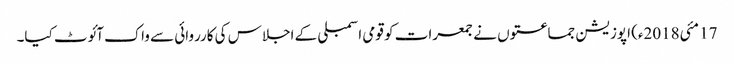
17 مئی2018ء) اپوزیشن جماعتوں نے جمعرات کو قومی اسمبلی کے اجلاس کی کارروائی سے واک آئوٹ کیا۔